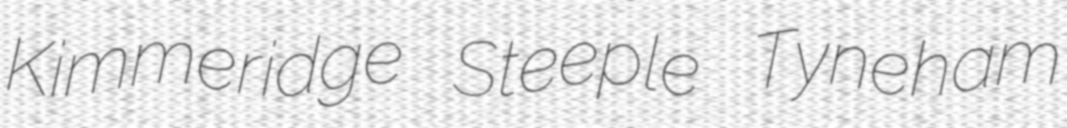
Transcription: Kimmeridge Steeple Tyneham